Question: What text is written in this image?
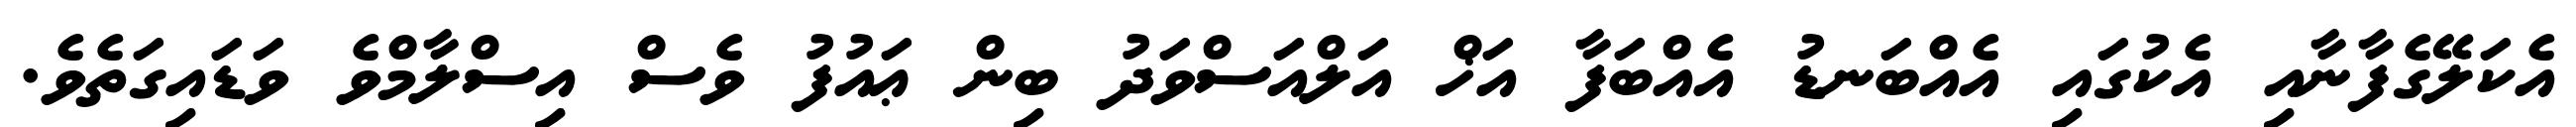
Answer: އެކަލޭގެފާނާއި އެކުގައި އެއްބަނޑު އެއްބަފާ އަޚް އަލްއަސްވަދު ބިން ޢައުފު ވެސް އިސްލާމްވެ ވަޑައިގަތެވެ.